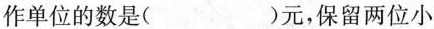
作单位的数是（ ）元，保留两位小